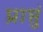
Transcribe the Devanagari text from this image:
प्राप्तुं